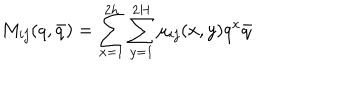
M _ { i j } ( q , \bar { q } ) = \sum _ { x = 1 } ^ { 2 h } \sum _ { y = 1 } ^ { 2 H } \mu _ { i j } ( x , y ) q ^ { x } \bar { q }